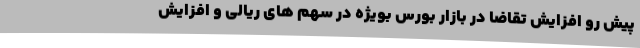
پیش رو افزایش تقاضا در بازار بورس بویژه در سهم های ریالی و افزایش